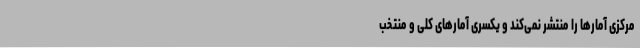
مرکزی آمارها را منتشر نمی‌‌‌‌‌‌‌‌‌‌کند و یکسری آمارهای کلی و منتخب